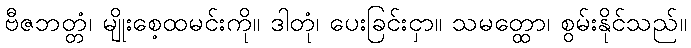
ဗီဇဘတ္တံ၊ မျိုးစေ့ထမင်းကို။ ဒါတုံ၊ ပေးခြင်းငှာ။ သမတ္ထော၊ စွမ်းနိုင်သည်။